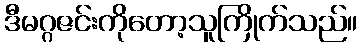
ဒီမဂ္ဂဇင်းကိုတော့သူကြိုက်သည်။